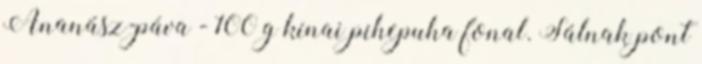
Ananász-páva - 100 g kínai pihepuha fonal. Sálnak pont